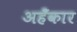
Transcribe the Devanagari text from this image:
अहँकार